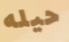
حيله